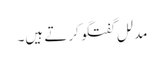
مدلل گفتگو کرتے ہیں۔